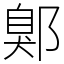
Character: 鄓